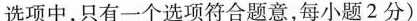
选项中，只有一个选项符合题意，每小题2分)